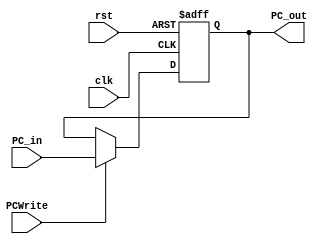

module PC_withWriteEnable(PC_out, PC_in, PCWrite, clk, rst);

output [31:0]PC_out;
reg [31:0]PC_out;
input PCWrite, clk, rst;
input [31:0]PC_in;

always@(posedge clk or posedge rst)
begin
    if(rst)begin
        PC_out<=32'd0; 
    end
    else begin
        if(PCWrite==1'b1)begin
            PC_out<=PC_in;
        end
        else begin
            PC_out<=PC_out;
        end
    end
end


endmodule